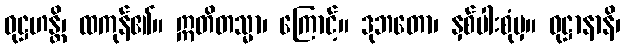
ဝုဋ္ဌဟန္တိ၊ ထကုန်၏။ ဣတိတသ္မာ၊ ကြောင့်။ ဒုဘတော၊ နှစ်ပါးစုံမှ။ ဝုဋ္ဌာနာနိ၊